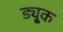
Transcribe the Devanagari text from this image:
ड्यू्क